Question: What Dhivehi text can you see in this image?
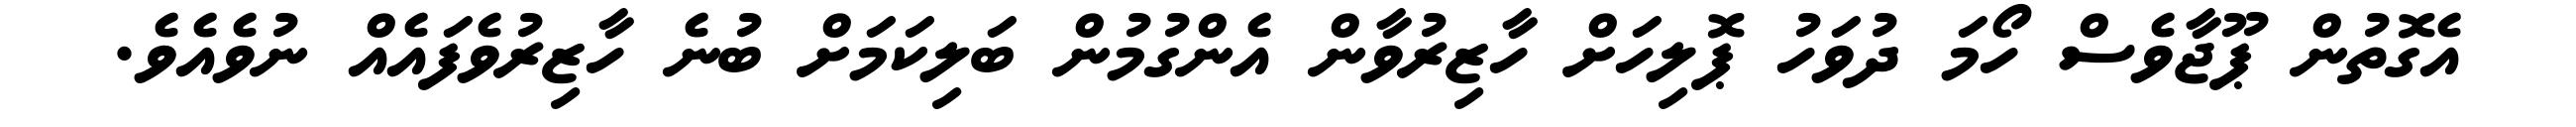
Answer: އެގޮތުން ޕޫޖާވެސް ހޯމަ ދުވަހު ޕޮލިހަށް ހާޒިރުވާން އެންގުމުން ބަލިކަމަށް ބުނެ ހާޒިރުވެފައެއް ނުވެއެވެ.